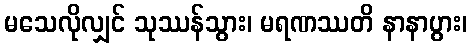
မသေလိုလျှင် သုဿန်သွား၊ မရဏဿတိ နာနာပွား၊